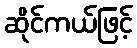
ဆိုင်ကယ်ဖြင့်